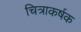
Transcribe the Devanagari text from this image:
चित्राकर्षक